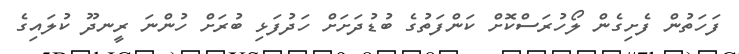
ފަހަތުން ފެށިގެން ލޯހުރަސްކޮށް ކަންފަތުގެ ބުޑުދަށަށް ހަދުފަޅި ބުރަށް ހުންނަ ރީނދޫ ކުލައިގެ